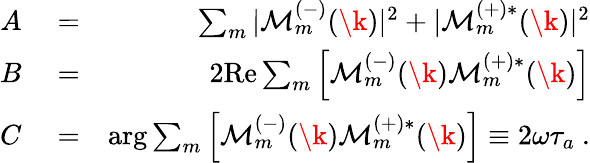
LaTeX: \begin{array}{rlr}{A}&{{}=}&{\sum_{m}|{\cal M}_{m}^{(-)}(\k)|^{2}+|{\cal M}_{m}^{(+)*}(\k)|^{2}}\\ {B}&{{}=}&{2\mathrm{Re}\sum_{m}\left[{\cal M}_{m}^{(-)}(\k){\cal M}_{m}^{(+)*}(\k)\right]}\\ {C}&{{}=}&{\arg\sum_{m}\left[{\cal M}_{m}^{(\mathrm{-)}}(\k){\cal M}_{m}^{(\mathrm{+)*}}(\k)\right]\equiv 2\omega\tau_{a}\ .}\end{array}